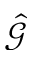
\hat { \mathcal G }